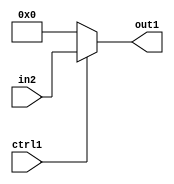
`timescale 1ps / 1ps
/*****************************************************************************
    Verilog RTL Description
    
    
    Created by: CellMath Designer 2019.1.01 
*******************************************************************************/

module fix2float_N_Mux_32_2_49_1 (
	in2,
	ctrl1,
	out1
	); /* architecture "behavioural" */ 
input [31:0] in2;
input  ctrl1;
output [31:0] out1;
wire [31:0] asc001;

reg [31:0] asc001_tmp_0;
assign asc001 = asc001_tmp_0;
always @ (ctrl1 or in2) begin
	case (ctrl1)
		1'B1 : asc001_tmp_0 = in2 ;
		default : asc001_tmp_0 = 32'B00000000000000000000000000000000 ;
	endcase
end

assign out1 = asc001;
endmodule

/* CADENCE  uLnzSg8= : u9/ySgnWtBlWxVPRXgAZ4Og= ** DO NOT EDIT THIS LINE ******/